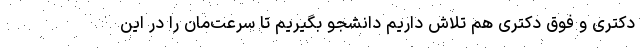
دکتری و فوق دکتری هم تلاش داریم دانشجو بگیریم تا سرعت‌مان را در این